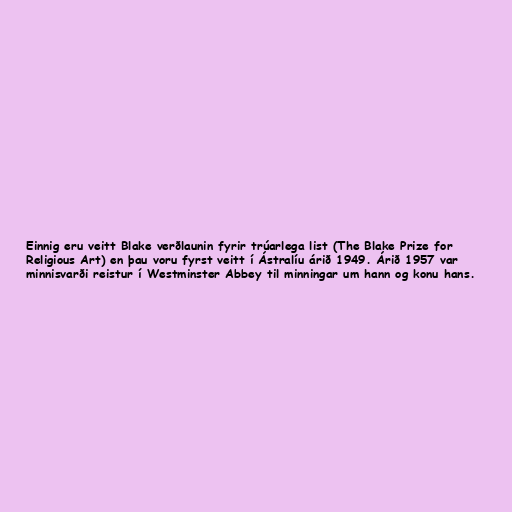
Einnig eru veitt Blake verðlaunin fyrir trúarlega list (The Blake Prize for
Religious Art) en þau voru fyrst veitt í Ástralíu árið 1949. Árið 1957 var
minnisvarði reistur í Westminster Abbey til minningar um hann og konu hans.